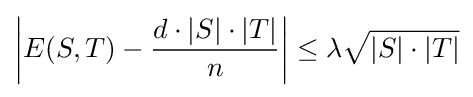
\left|E(S,T)-{\frac {d\cdot |S|\cdot |T|}{n}}\right|\leq \lambda {\sqrt {|S|\cdot |T|}}